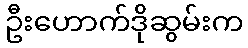
ဦးဟောက်ဒိုဆွမ်းက